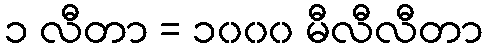
၁ လီတာ = ၁၀၀၀ မီလီလီတာ